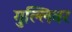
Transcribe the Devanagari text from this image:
गुल्लिवर